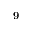
^ { 9 }